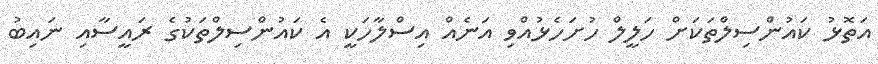
އަތޮޅު ކައުންސިލްތަކަށް ހަލީލް ހުށަހެޅުއްވި އަނެއް އިސްލާހަކީ އެ ކައުންސިލްތަކުގެ ރައީސާއި ނައިބު